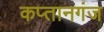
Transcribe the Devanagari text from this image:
कप्‍तानगंज